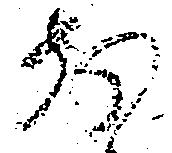
前